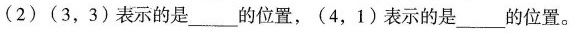
(2)(3，3)表示的是___的位置，(4，1)表示的是___的位置。